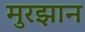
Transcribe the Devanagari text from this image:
मुरझान